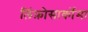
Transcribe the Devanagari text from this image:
लिंफ़ोसार्कोमा